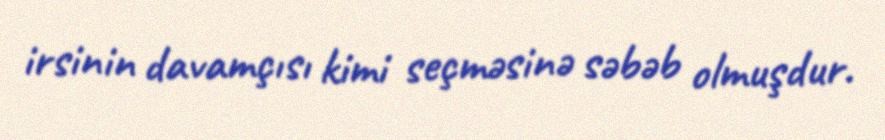
irsinin davamçısı kimi seçməsinə səbəb olmuşdur.